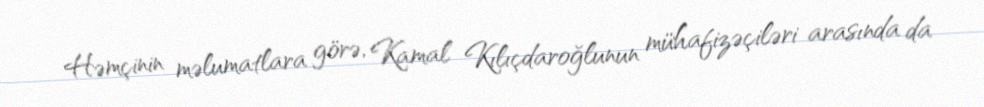
Həmçinin məlumatlara görə, Kamal Kılıçdaroğlunun mühafizəçiləri arasında da